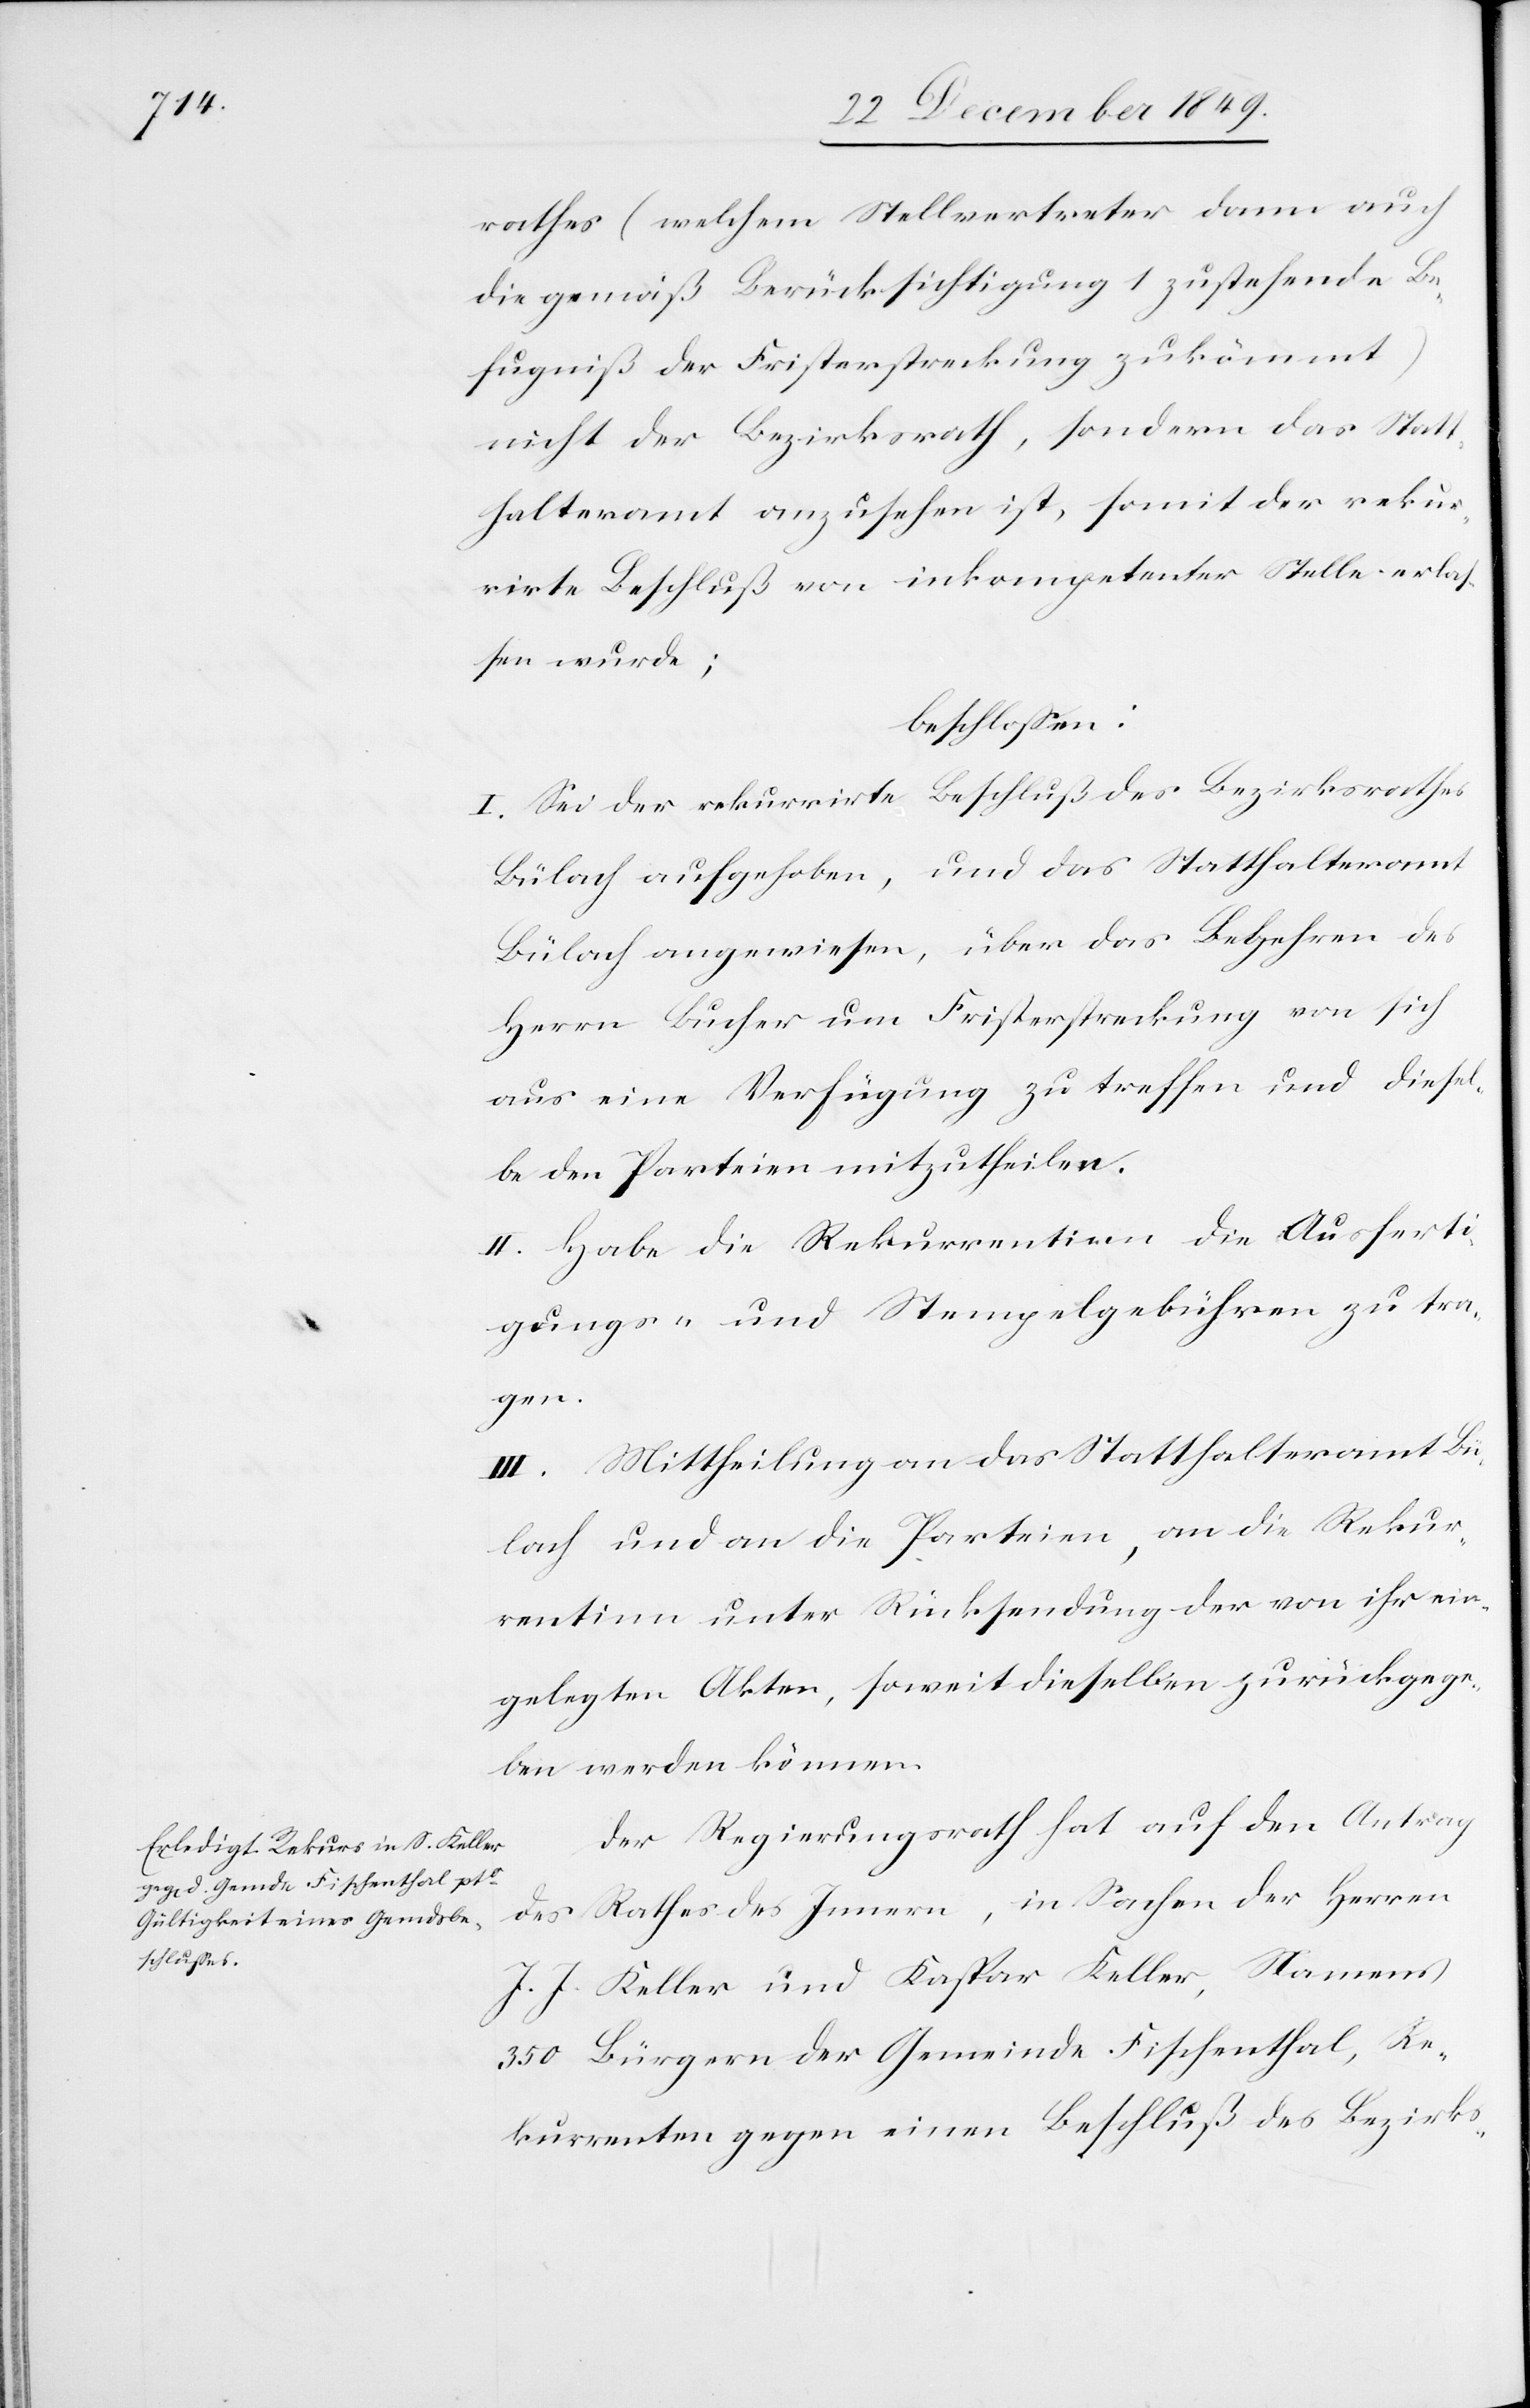
rathes (welchem Stellvertreter dann auch
die gemäß Berücksichtigung 1 zustehende Be¬
fugniß der Fristerstreckung zukömmt)
nicht der Bezirksrath, sondern das Stat¬
thalteramt anzusehen ist, somit der rekur¬
rirte Beschluß von inkompetenter Stelle erlaß¬
en wurde;
beschloßen:
I. Sei der rekurrirte Beschluß des Bezirksrathes
Bülach aufgehoben, und das Statthalteramt
Bülach angewiesen, über das Begehren des
Herrn Bucher um Fristerstreckung von sich
aus eine Verfügung zu treffen und diesel¬
be den Parteien mitzutheilen.
II. Habe die Rekurrentinn die Ausferti¬
gungs- und Stempelgebühren zu tra¬
gen.
III. Mittheilung an das Statthalteramt Bü¬
lach und an die Parteien, an die Rekur¬
rentinn unter Rücksendung der von ihr ein¬
gelegten Akten, soweit dieselben zurückgege¬
ben werden können.
Der Regierungsrath hat auf den Antrag
des Rathe des Innern, in Sachen der Herren
J. J. Keller und Kaspar Keller, Namens
350 Bürgern der Gemeinde Fischenthal, Re¬
kurrenten gegen einen Beschluß des Bezirks-